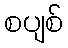
စပျစ်